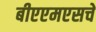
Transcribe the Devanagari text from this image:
बीएएमएसचे